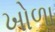
ખોળા